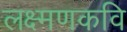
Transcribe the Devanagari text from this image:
लक्ष्मणकवि